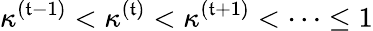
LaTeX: \kappa^{(\mathfrak{t}-1)}<\kappa^{(\mathfrak{t})}<\kappa^{(\mathfrak{t}+1)}<\dots\leq1